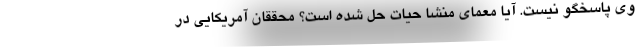
وی پاسخگو نیست. آیا معمای منشا حیات حل شده است؟ محققان آمریکایی در